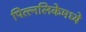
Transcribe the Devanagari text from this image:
पित्त्नलिकेमध्ये